Annual report of the Imperial Bacteriologist
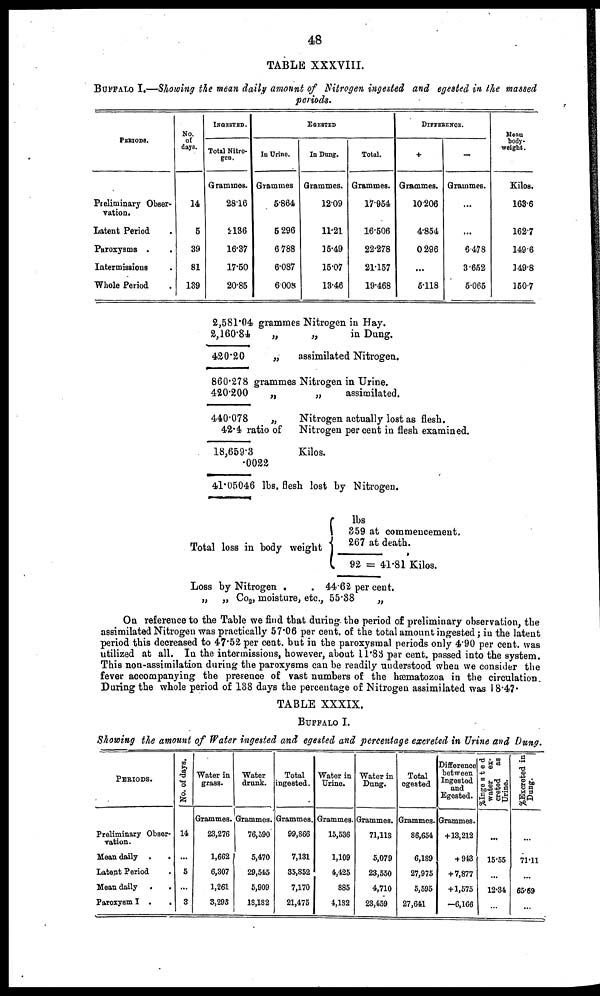
48
TABLE XXXVIII.
BUFFALO I.—Showing the mean daily amount of Nitrogen ingested and egested in the massed
periods.
PERIODS.
Preliminary Obser-
vation.
Latent Period
Paroxysms .
Intermissions .
Whole Period .
No.
of
days.
14
5
39
81
139
INGESTED.
Total Nitro-
gen.
Grammes.
28.16
11.36
16.37
17.50
20.85
In Urine.
Grammes
5.864
5.296
6.788
6.087
6.008
EGESTED
In Dung.
Grammes.
12.09
11.21
15.49
15.07
13.46
Total.
Grammes.
17.954
16.506
22.278
21.157
19.468
DIFFERENCE.
+
Grammes.
10.206
4.854
0.296
...
5.118
-
Grammes.
...
...
6.478
3.652
5.065
Menu
body.
weight.
Kilos.
163.6
162.7
149.6
149.8
150.7
2,581.04 grammes Nitrogen in Hay.
2, 160.84
„
420.20
„
„
in Dung.
assimilated Nitrogen.
860.278 grammes Nitrogen in Urine.
420.200
„
440.078
„
42.4 ratio of
18,659.3
.0022
„
assimilated.
Nitrogen actually lost as flesh.
Nitrogen per cent in flesh examined.
Kilos.
41.05046 lbs. flesh lost by Nitrogen.
Total
Loss
„
loss in body weight
by Nitrogen .
„ Co 2 , moisture,
,
etc.,
lbs
359 at commencement.
{ 267 at death.
92 = 41.81 Kilos.
44.62 per cent.
55.38
„
On reference to the Table we find that during. the period of preliminary observation, the
assimilated Nitrogen was practically 57.06 per cent. of the total amount ingested; in the latent
period this decreased to 47.52 per cent. but in the paroxysmal periods only 4.90 per cent. was
utilized at all. In the intermissions, however, about 11.83 per cent. passed into the system.
This non-assimilation during the paroxysms can be readily understood when we consider the
fever accompanying the presence of vast numbers of the hæmatozoa in the circulation
During the whole period of 138 days the percentage of Nitrogen assimilated was 18.47.
TABLE XXXIX.
BUFFALO I.
Showing the amount of Water ingested and egested and percentage excreted in Urine and Dung.
PERIODS.
Preliminary Obser-
vation.
Mean daily .
.
Latent Period
Mean daily .
.
Paroxysm I .
.
No. of days.
14
...
5
...
3
Water in
grass.
Grammes.
23,276
1,662
6,307
1,261
3,293
Water
drunk.
Grammes.
76,590
5,470
29,545
5,909
18,182
Total
ingested.
Grammes.
99,866
7,131
35,852
7,170
21,475
Water in
Urine.
Grammes.
15,536
1,109
4,425
885
4,182
Water in
Dong.
Grammes.
71,118
5,079
23,550
4,710
23,459
Total
egested
Grammes.
86,654
6,189
27,975
5,595
27,641
Difference
between
Ingested
and
Egested.
Grammes.
+13,212
+943
+7,877
+1,575
-6,166
%Ingested
water ex-
creted as
Urine.
...
15.55
...
12.34
...
%Excreted in
Dung.
...
71.11
...
65.69
...